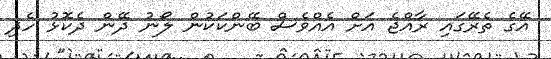
އޭގެ ތެރޭގައި ރާއްޖެ އަށް އެއްވެސް ބޭންކަކުން ލޯނު ދޭން ދެކޮޅު ހެދި